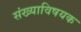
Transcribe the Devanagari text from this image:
संख्याविषयक